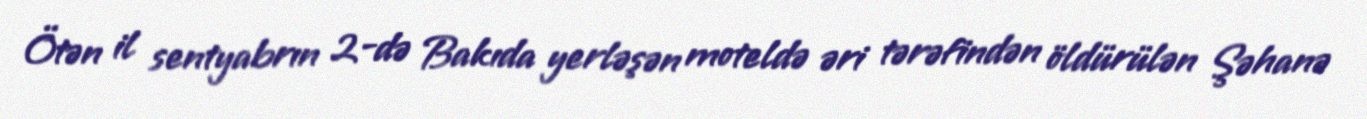
Ötən il sentyabrın 2-də Bakıda yerləşən moteldə əri tərəfindən öldürülən Şəhanə